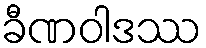
ခီဏဝါဒဿ